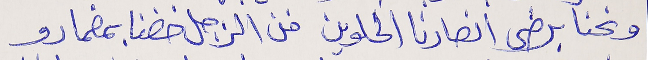
ونحنا برضى انصارنا الحلوين  فن الزجل خضنا بمضمارو